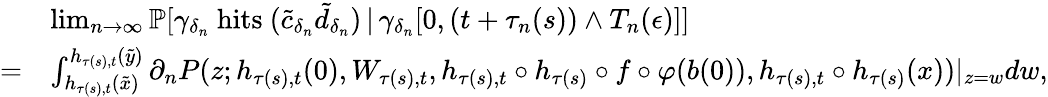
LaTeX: \begin{array}{rl}&{\operatorname*{lim}_{n\to\infty}\mathbb{P}[\gamma_{\delta_{n}}\mathrm{~hits~}(\tilde{c}_{\delta_{n}}\tilde{d}_{\delta_{n}})\, |\, \gamma_{\delta_{n}}[0,(t+\tau_{n}(s))\wedge T_{n}(\epsilon)]]}\\ {=}&{\int_{h_{\tau(s),t}(\tilde{x})}^{h_{\tau(s),t}(\tilde{y})}\partial_{n}P(z;h_{\tau(s),t}(0),W_{\tau(s),t},h_{\tau(s),t}\circ h_{\tau(s)}\circ f\circ\varphi(b(0)),h_{\tau(s),t}\circ h_{\tau(s)}(x))|_{z=w}dw,}\end{array}